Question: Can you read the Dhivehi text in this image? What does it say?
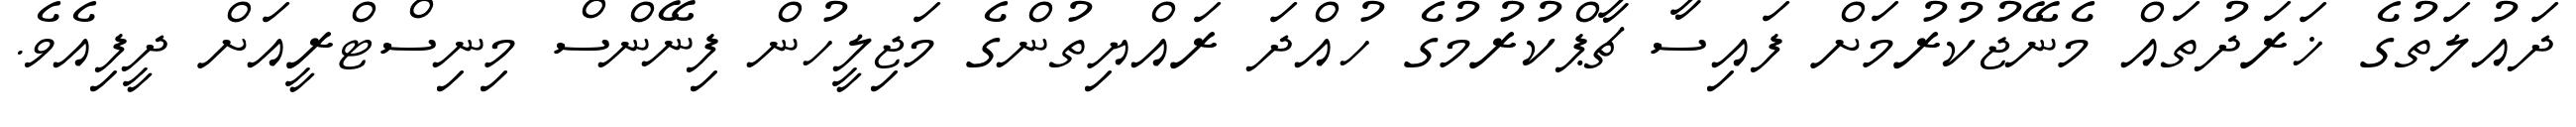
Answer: ދައުލަތުގެ ޚަރަދުތައް މެނޭޖުކުރުމަށް ފައިސާ ޗާޕްކުރުމުގެ ހުއްދަ ރައްޔިތުންގެ މަޖިލީހުން ފިނޭންސް މިނިސްޓްރީއަށް ދީފިއެވެ.